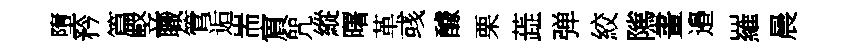
墮矜篇竪職管逅耑賔咒縱曙革彧醵栗蕋弹絞隲畫邉羅晨